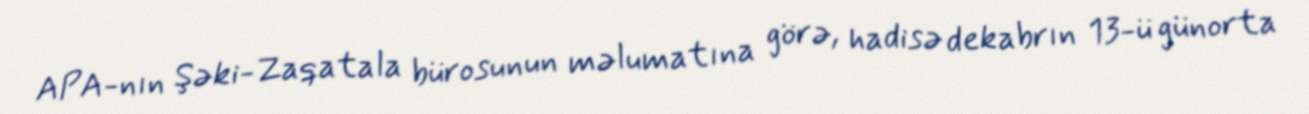
APA-nın Şəki-Zaqatala bürosunun məlumatına görə, hadisə dekabrın 13-ü günorta